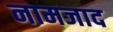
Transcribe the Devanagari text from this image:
नामजाद